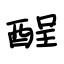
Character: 酲